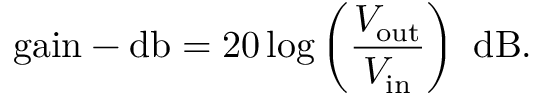
{ \mathrm { g a i n - d b } } = 2 0 \log \left( { \frac { V _ { \mathrm { o u t } } } { V _ { \mathrm { i n } } } } \right) ~ { \mathrm { d B } } .